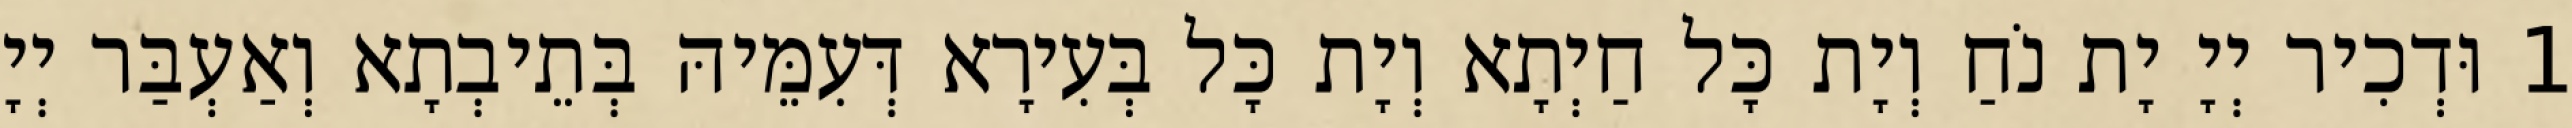
1 וּדְכִיר יְיָ יָת נֹחַ וְיָת כָּל חַיְתָא וְיָת כָּל בְּעִירָא דְּעִמֵּיהּ בְּתֵיבְתָא וְאַעְבַּר יְיָ